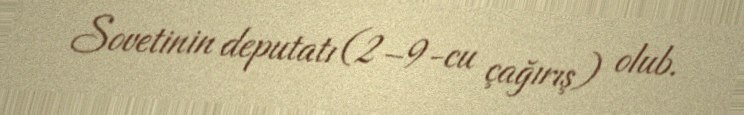
Sovetinin deputatı (2–9-cu çağırış) olub.